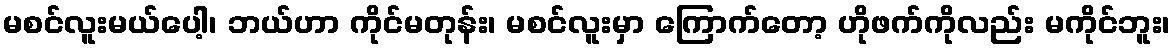
မစင်လူးမယ်ပေါ့၊ ဘယ်ဟာ ကိုင်မတုန်း၊ မစင်လူးမှာ ကြောက်တော့ ဟိုဖက်ကိုလည်း မကိုင်ဘူး၊